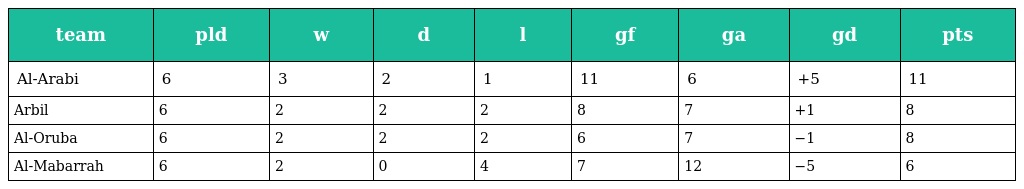
| team | pld | w | d | l | gf | ga | gd | pts |
 | --- | --- | --- | --- | --- | --- | --- | --- | --- |
 | Al-Arabi | 6 | 3 | 2 | 1 | 11 | 6 | +5 | 11 |
 | Arbil | 6 | 2 | 2 | 2 | 8 | 7 | +1 | 8 |
 | Al-Oruba | 6 | 2 | 2 | 2 | 6 | 7 | −1 | 8 |
 | Al-Mabarrah | 6 | 2 | 0 | 4 | 7 | 12 | −5 | 6 |